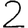
Digit: 2